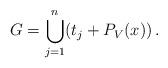
LaTeX: \begin{align*}G = \bigcup_{j=1}^n (t_j + P_V(x)) \,.\end{align*}